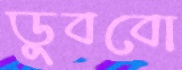
ডুববো